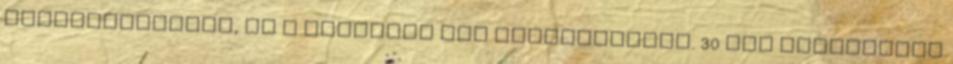
megreformáltam, de a lényegen nem változtattam. 30 dkg finomliszt